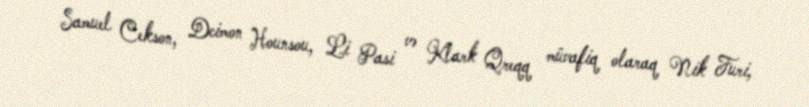
Samuel Cekson, Dcimon Hounsou, Li Pasi və Klark Qreqq müvafiq olaraq Nik Furi,